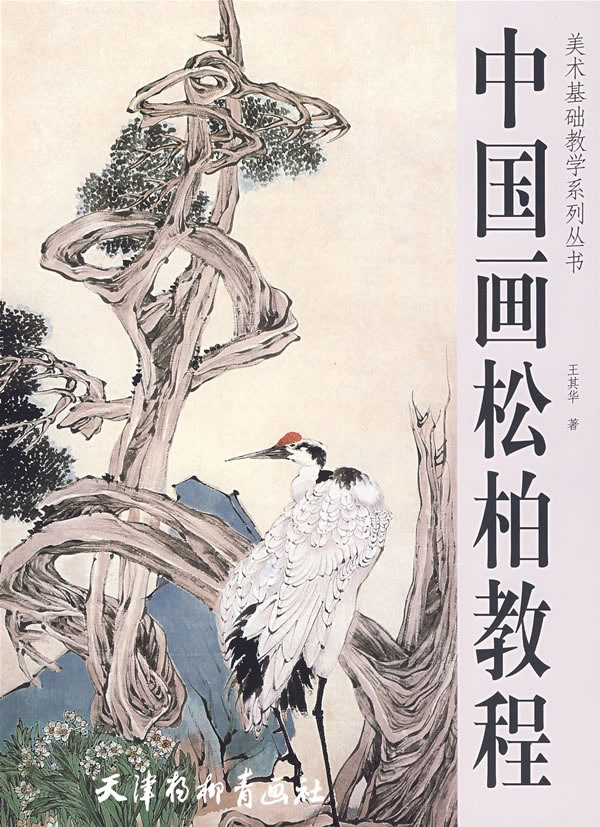
草木秋死，松柏独在